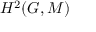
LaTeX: H ^ { 2 } ( G , M )